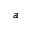
a